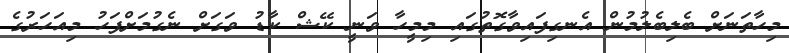
މިހާތަނަށް ބެލިބެލުމުން އެނގިފައިވާގޮތުގައި މިމީހާ ވަނީ ކޭޝް ކާޑު ވަގަށް ނެގުމަށްފަހު މިއަހަރުގެ